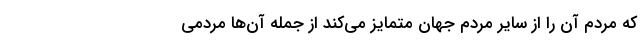
که مردم آن را از سایر مردم جهان متمایز می‌کند از جمله آن‌ها مردمی